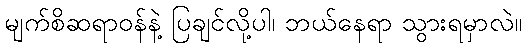
မျက်စိဆရာဝန်နဲ့ ပြချင်လို့ပါ၊ ဘယ်နေရာ သွားရမှာလဲ။